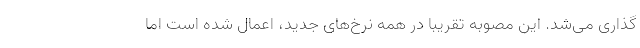
گذاری می‌شد. این مصوبه تقریبا در همه نرخ‌های جدید، اعمال شده است اما